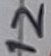
Text: 12